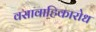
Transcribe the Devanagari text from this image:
वसावाहिकारोध